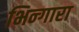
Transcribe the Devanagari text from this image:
भिन्गारा